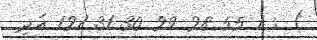
) : 1 55 28 29 30 31 121 އަދި